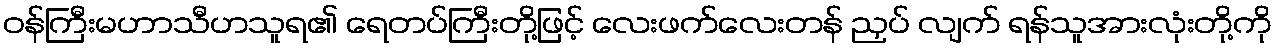
ဝန်ကြီးမဟာသီဟသူရ၏ ရေတပ်ကြီးတို့ဖြင့် လေးဖက်လေးတန် ညှပ် လျက် ရန်သူအားလုံးတို့ကို